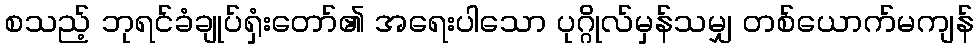
စသည့် ဘုရင်ခံချုပ်ရှံးတော်၏ အရေးပါသော ပုဂ္ဂိုလ်မှန်သမျှ တစ်ယောက်မကျန်